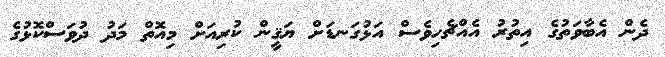
ދެން އެބާވަތުގެ އިތުރު އެއްޗެހިވެސް އަޅުގަނޑަށް ޔަޤީން ކުރިއަށް މިއޮތް މަދު ދުވަސްކޮޅުގެ